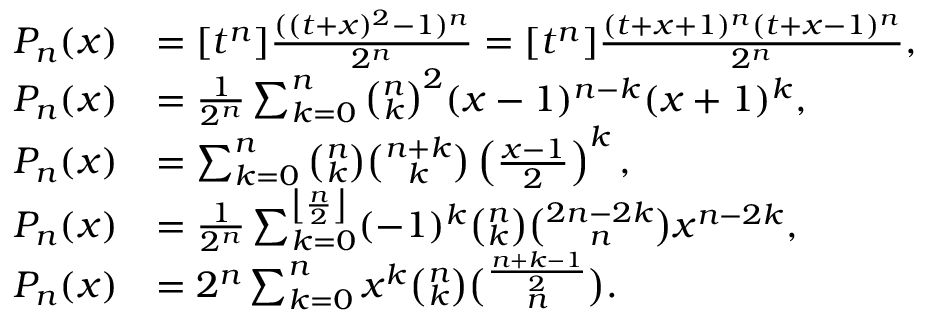
{ \begin{array} { r l } { P _ { n } ( x ) } & { = [ t ^ { n } ] { \frac { ( ( t + x ) ^ { 2 } - 1 ) ^ { n } } { 2 ^ { n } } } = [ t ^ { n } ] { \frac { ( t + x + 1 ) ^ { n } ( t + x - 1 ) ^ { n } } { 2 ^ { n } } } , } \\ { P _ { n } ( x ) } & { = { \frac { 1 } { 2 ^ { n } } } \sum _ { k = 0 } ^ { n } { \binom { n } { k } } ^ { 2 } ( x - 1 ) ^ { n - k } ( x + 1 ) ^ { k } , } \\ { P _ { n } ( x ) } & { = \sum _ { k = 0 } ^ { n } { \binom { n } { k } } { \binom { n + k } { k } } \left( { \frac { x - 1 } { 2 } } \right) ^ { k } , } \\ { P _ { n } ( x ) } & { = { \frac { 1 } { 2 ^ { n } } } \sum _ { k = 0 } ^ { \left\lfloor { \frac { n } { 2 } } \right\rfloor } ( - 1 ) ^ { k } { \binom { n } { k } } { \binom { 2 n - 2 k } { n } } x ^ { n - 2 k } , } \\ { P _ { n } ( x ) } & { = 2 ^ { n } \sum _ { k = 0 } ^ { n } x ^ { k } { \binom { n } { k } } { \binom { \frac { n + k - 1 } { 2 } } { n } } . } \end{array} }